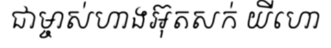
ជាម្ចាស់ហាងអ៊ុតសក់ យីហោ